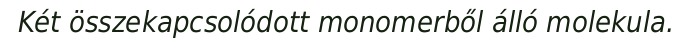
Két összekapcsolódott monomerből álló molekula.